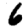
Digit: 6